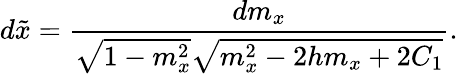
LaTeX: d\tilde{x}=\frac{dm_{x}}{\sqrt{1-m_{x}^{2}}\sqrt{m_{x}^{2}-2hm_{x}+2C_{1}}}.